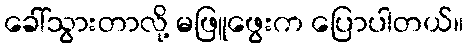
ခေါ်သွားတာလို့ မဖြူဖွေးက ပြောပါတယ်။